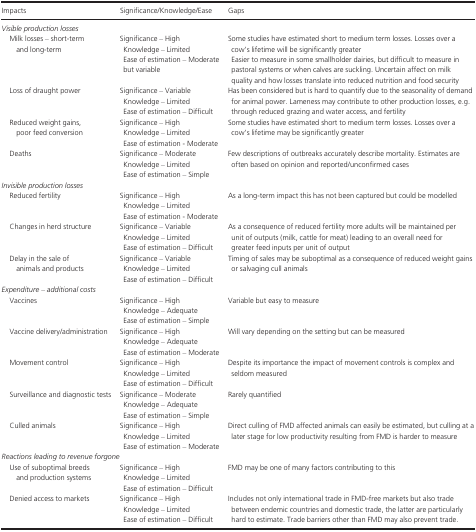
<table><thead><tr><td><b>Impacts</b></td><td><b>Significance/Knowledge/Ease</b></td><td><b>Gaps</b></td></tr></thead><tbody><tr><td colspan="3"><i>Visible production losses</i></td></tr><tr><td>Milk losses – short‐term and long‐term</td><td>Significance – HighKnowledge – LimitedEase of estimation – Moderate but variable</td><td>Some studies have estimated short to medium term losses. Losses over a cow&#x27;s lifetime will be significantly greaterEasier to measure in some smallholder dairies, but difficult to measure in pastoral systems or when calves are suckling. Uncertain affect on milk quality and how losses translate into reduced nutrition and food security</td></tr><tr><td>Loss of draught power</td><td>Significance – VariableKnowledge – LimitedEase of estimation – Difficult</td><td>Has been considered but is hard to quantify due to the seasonality of demand for animal power. Lameness may contribute to other production losses, e.g. through reduced grazing and water access, and fertility</td></tr><tr><td>Reduced weight gains, poor feed conversion</td><td>Significance – HighKnowledge – LimitedEase of estimation ‐ Moderate</td><td>Some studies have estimated short to medium term losses. Losses over a cow&#x27;s lifetime may be significantly greater</td></tr><tr><td>Deaths</td><td>Significance – ModerateKnowledge – LimitedEase of estimation – Simple</td><td>Few descriptions of outbreaks accurately describe mortality. Estimates are often based on opinion and reported/unconfirmed cases</td></tr><tr><td colspan="3"><i>Invisible production losses</i></td></tr><tr><td>Reduced fertility</td><td>Significance – HighKnowledge – LimitedEase of estimation ‐ Moderate</td><td>As a long‐term impact this has not been captured but could be modelled</td></tr><tr><td>Changes in herd structure</td><td>Significance – VariableKnowledge – LimitedEase of estimation – Difficult</td><td>As a consequence of reduced fertility more adults will be maintained per unit of outputs (milk, cattle for meat) leading to an overall need for greater feed inputs per unit of output</td></tr><tr><td>Delay in the sale of animals and products</td><td>Significance – VariableKnowledge – LimitedEase of estimation – Difficult</td><td>Timing of sales may be suboptimal as a consequence of reduced weight gains or salvaging cull animals</td></tr><tr><td colspan="3"><i>Expenditure – additional costs</i></td></tr><tr><td>Vaccines</td><td>Significance – HighKnowledge – AdequateEase of estimation – Simple</td><td>Variable but easy to measure</td></tr><tr><td>Vaccine delivery/administration</td><td>Significance – HighKnowledge – AdequateEase of estimation – Moderate</td><td>Will vary depending on the setting but can be measured</td></tr><tr><td>Movement control</td><td>Significance – HighKnowledge – LimitedEase of estimation – Difficult</td><td>Despite its importance the impact of movement controls is complex and seldom measured</td></tr><tr><td>Surveillance and diagnostic tests</td><td>Significance – ModerateKnowledge – AdequateEase of estimation – Simple</td><td>Rarely quantified</td></tr><tr><td>Culled animals</td><td>Significance – HighKnowledge – LimitedEase of estimation – Moderate</td><td>Direct culling of FMD affected animals can easily be estimated, but culling at a later stage for low productivity resulting from FMD is harder to measure</td></tr><tr><td colspan="3"><i>Reactions leading to revenue forgone</i></td></tr><tr><td>Use of suboptimal breeds and production systems</td><td>Significance – HighKnowledge – LimitedEase of estimation – Difficult</td><td>FMD may be one of many factors contributing to this</td></tr><tr><td>Denied access to markets</td><td>Significance – HighKnowledge – LimitedEase of estimation – Difficult</td><td>Includes not only international trade in FMD‐free markets but also trade between endemic countries and domestic trade, the latter are particularly hard to estimate. Trade barriers other than FMD may also prevent trade.</td></tr></tbody></table>